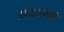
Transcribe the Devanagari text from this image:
आधलते